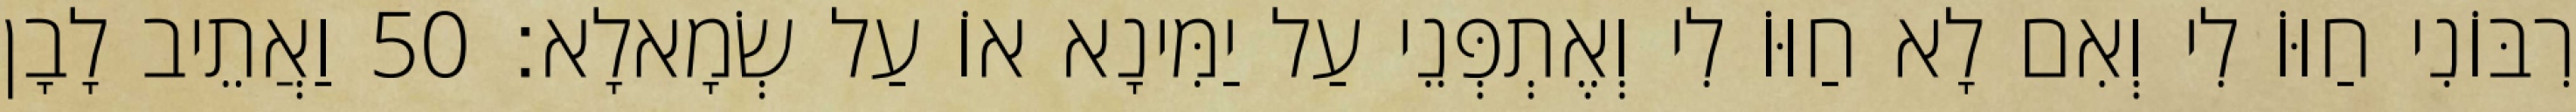
רִבּוֹנִי חַוּוֹ לִי וְאִם לָא חַוּוֹ לִי וְאֶתְפְּנֵי עַל יַמִּינָא אוֹ עַל שְׂמָאלָא׃ 50 וַאֲתֵיב לָבָן